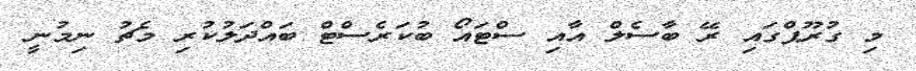
މި ގުރޫޕްގައި ރޭ ބާސެލް އާއި ސްޓައޯ ބުކަރެސްޓް ބައްދަލުކުރި މެޗު ނިމުނީ